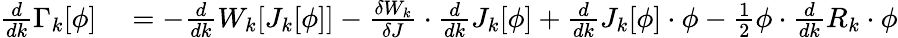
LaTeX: \begin{array}{rl}{{\frac{d}{dk}}\Gamma_{k}[\phi]}&{{}=-{\frac{d}{dk}}W_{k}[J_{k}[\phi]]-{\frac{\delta W_{k}}{\delta J}}\cdot{\frac{d}{dk}}J_{k}[\phi]+{\frac{d}{dk}}J_{k}[\phi]\cdot\phi-{\frac{1}{2}}\phi\cdot{\frac{d}{dk}}R_{k}\cdot\phi}\end{array}